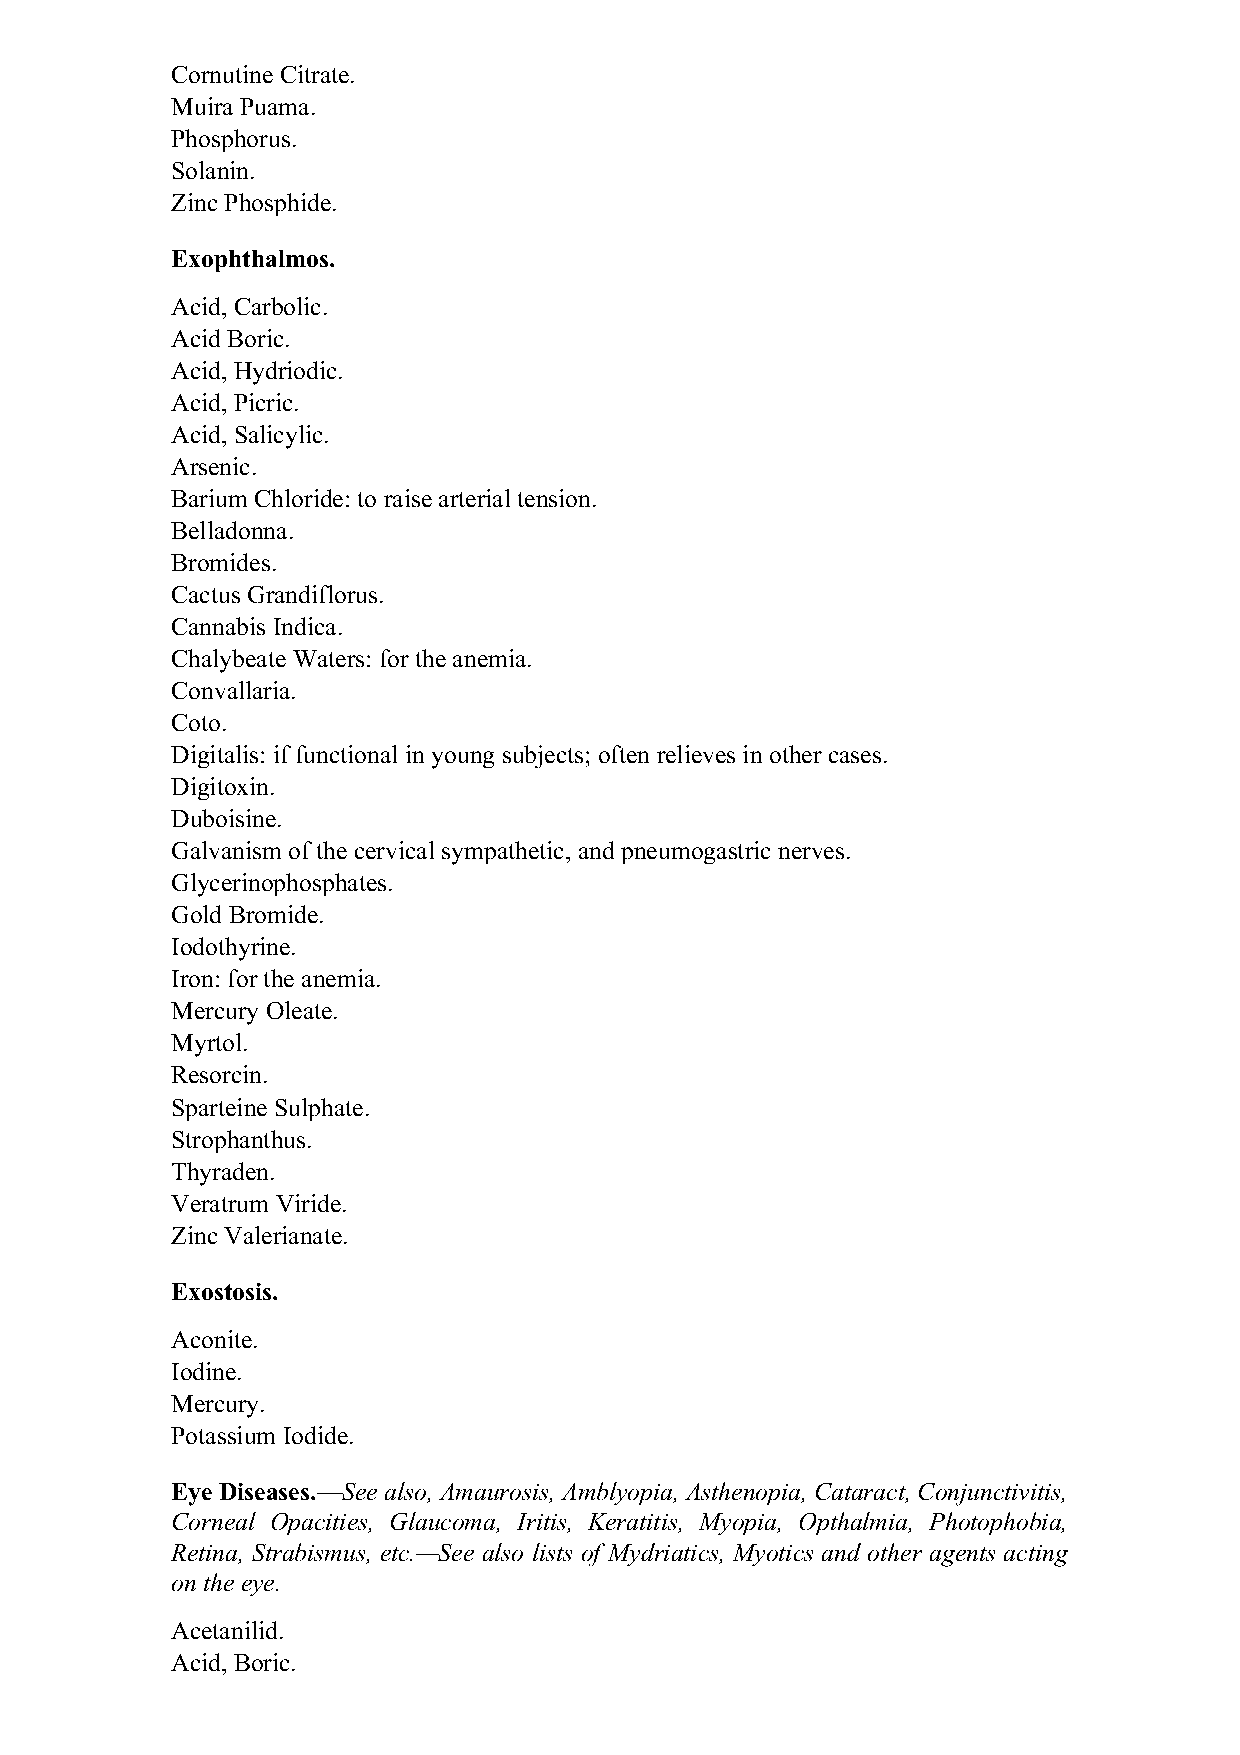
Cornutine Citrate.
 Muira Puama.
 Phosphorus.
 Solanin.
 Zinc Phosphide.
 Exophthalmos.
 Acid, Carbolic.
 Acid Boric.
 Acid, Hydriodic.
 Acid, Picric.
 Acid, Salicylic.
 Arsenic.
 Barium Chloride: to raise arterial tension.
 Belladonna.
 Bromides.
 Cactus Grandiflorus.
 Cannabis Indica.
 Chalybeate Waters: for the anemia.
 Convallaria.
 Coto.
 Digitalis: if functional in young subjects; often relieves in other cases.
 Digitoxin.
 Duboisine.
 Galvanism of the cervical sympathetic, and pneumogastric nerves.
 Glycerinophosphates.
 Gold Bromide.
 Iodothyrine.
 Iron: for the anemia.
 Mercury Oleate.
 Myrtol.
 Resorcin.
 Sparteine Sulphate.
 Strophanthus.
 Thyraden.
 Veratrum Viride.
 Zinc Valerianate.
 Exostosis.
 Aconite.
 Iodine.
 Mercury.
 Potassium Iodide.
 Eye Diseases.—See also, Amaurosis, Amblyopia, Asthenopia, Cataract, Conjunctivitis,
 Corneal Opacities, Glaucoma, Iritis, Keratitis, Myopia, Opthalmia, Photophobia,
 Retina, Strabismus, etc.—See also lists of Mydriatics, Myotics and other agents acting
 on the eye.
 Acetanilid.
 Acid, Boric.